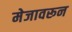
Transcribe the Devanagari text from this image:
मेजावरून